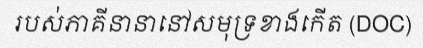
របស់ភាគីនានានៅសមុទ្រខាងកើត (DOC)